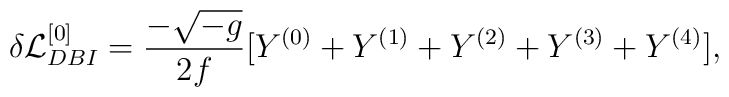
\delta {\cal L}_{DBI}^{[0]} = \frac{- \sqrt{-g}}{2 f} [Y^{(0)} + Y^{(1)} + Y^{(2)} + Y^{(3)} + Y^{(4)}] ,